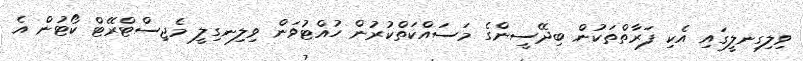
ވިލިގިނލީގައި އެކި ފަރާތްތަކުން ބިދޭސީންގެ މަސައްކަތްކުރުން ހުއްޓުވަން ވިލިނގިލީ މެޖިސްޓްރޭޓް ކޯޓުން އެ